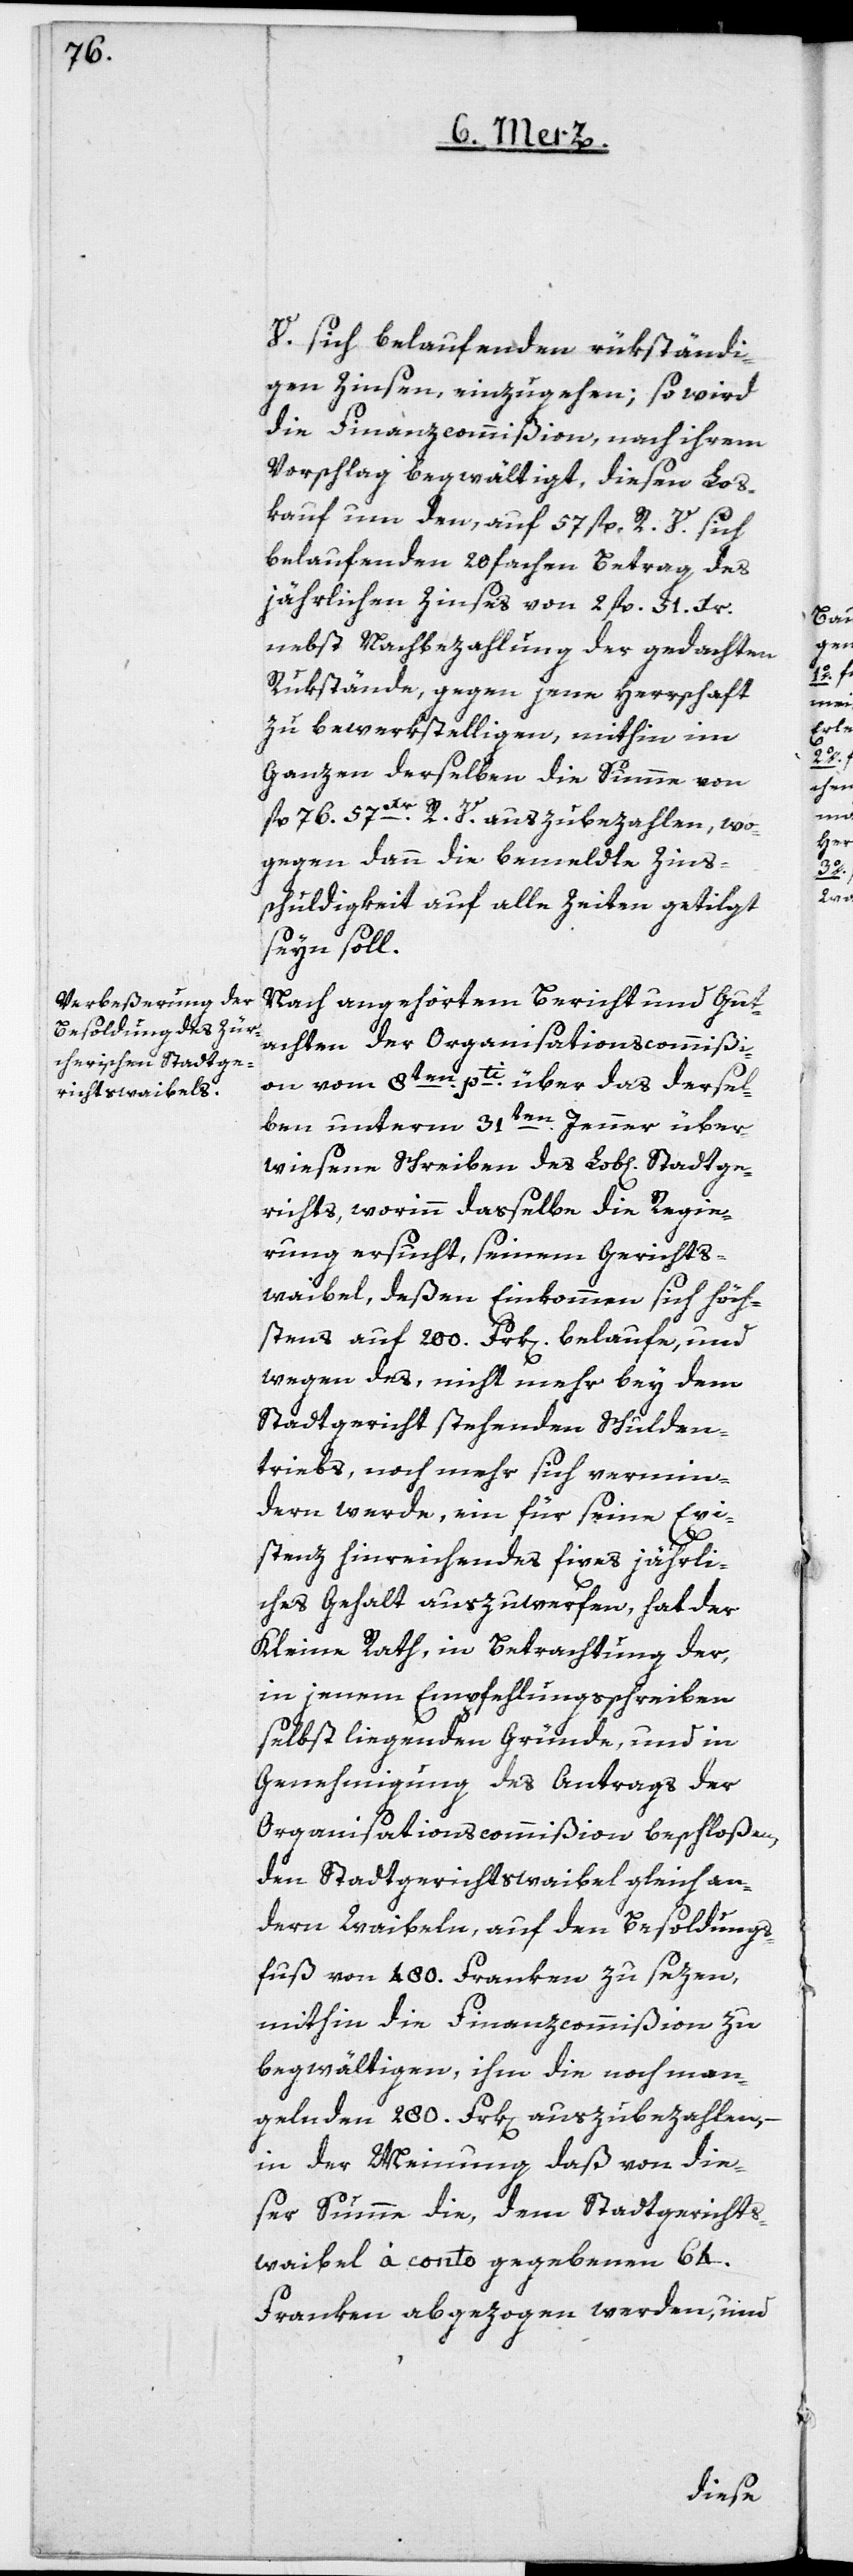
V. sich belaufenden rükständi¬
gen Zinsen, einzugehen; so wird
die Finanzcommißion nach ihrem
Vorschlag begwältigt, diesen Los¬
kauf um den, auf 57 fl. R. V. sich
belaufenden 20 fachen Betrag des
jährlichen Zinses von 2 fl. 51 Xr.
nebst Nachbezahlung der gedachten
Rükstände, gegen jene Herrschaft
zu bewerkstelligen, mithin im
Ganzen derselben die Summe von
fl. 76. 57 Xr. R. V. auszubezahlen, wo¬
gegen dann die bemeldte Zins¬
schuldigkeit auf alle Zeiten getilgt
seyn soll.
Nach angehörtem Bericht und Gut¬
achten der Organisationscommißi¬
on vom 8ten pti. über das dersel¬
ben unterm 31ten Jenner über¬
wiesene Schreiben des Lob[lichen] Stadtge¬
richts, worinn dasselbe die Regie¬
rung ersucht, seinem Gerichts¬
waibel, deßen Einkommen sich höch¬
stens auf 200. Frk[en] belaufe, und
wegen des, nicht mehr bey dem
Stadtgericht stehenden Schulden¬
triebs, noch mehr sich vermin¬
dern werde, ein für seine Exi¬
stenz hinreichendes fixes jährli¬
ches Gehalt auszuwerfen, hat der
Kleine Rath, in Betrachtung der,
in jenem Empfehlungsschreiben
selbst liegenden Gründe, und in
Genehmigung des Antrags der
Organisationscommißion beschloßen,
den Stadtgerichtswaibel gleich an¬
dern Waibeln, auf den Besoldungs¬
fuß von 480. Franken zu sezen,
mithin die Finanzcommißion zu
begwältigen, ihm die noch man¬
gelnde 280. Frk[en] auszubezahlen, –
in der Meinung daß von die¬
ser Summe die, dem Stadtgerichts¬
waibel à conto gegebenen 64.
Franken abgezogen werden, und